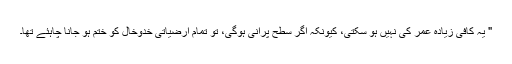
" یہ کافی زیادہ عمر کی نہیں ہو سکتی، کیونکہ اگر سطح پرانی ہوگی، تو تمام ارضیاتی خدوخال کو ختم ہو جانا چاہئے تھا۔